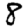
Digit: 8